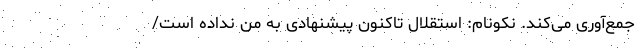
جمع‌آوری می‌کند. نکونام: استقلال تاکنون پیشنهادی به من نداده است/